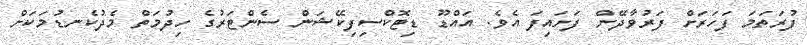
ފުރަތަމަ ފަހަރަށް ފަރުވާދޭން ފަށައިފަ އެވެ. އައްޑޫ ޑިޓޮކްސިފިކޭޝަން ސެންޓަރުގެ ހިދުމަތް މެދުކެނޑުމަކަށް